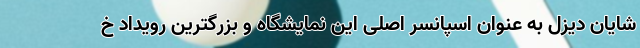
شایان دیزل به عنوان اسپانسر اصلی این نمایشگاه و بزرگترین رویداد خ